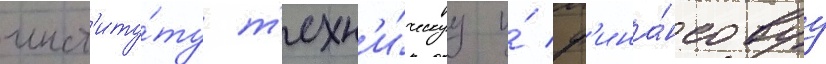
инст'иту́ту т'ехн'и́ческуу и́ ф'ина́нсовуу